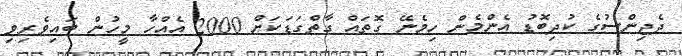
ދެޖިންސުގެ ކުދިބޮޑު އެންމެން ހިމެނޭ ގޮތައް ގާތްގަޑަކަށް 2000 އެއްހާ މީހުން ބައިވެރިވި